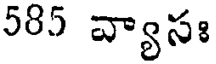
585 వ్యాసః